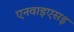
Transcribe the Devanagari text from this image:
एनवाइएसइ